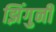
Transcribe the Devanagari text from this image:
झिंगुनी